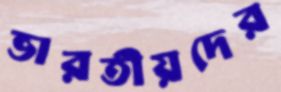
ভারতীয়দের